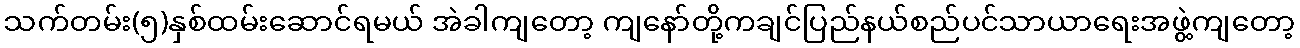
သက်တမ်း(၅)နှစ်ထမ်းဆောင်ရမယ် အဲခါကျတော့ ကျနော်တို့ကချင်ပြည်နယ်စည်ပင်သာယာရေးအဖွဲ့ကျတော့